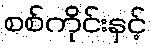
စစ်ကိုင်းနှင့်